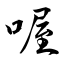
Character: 喔